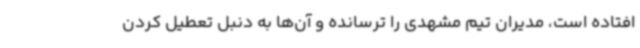
افتاده است، مدیران تیم مشهدی را ترسانده و آن‌ها به دنبل تعطیل کردن